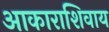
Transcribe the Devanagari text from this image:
आकाराशिवाय